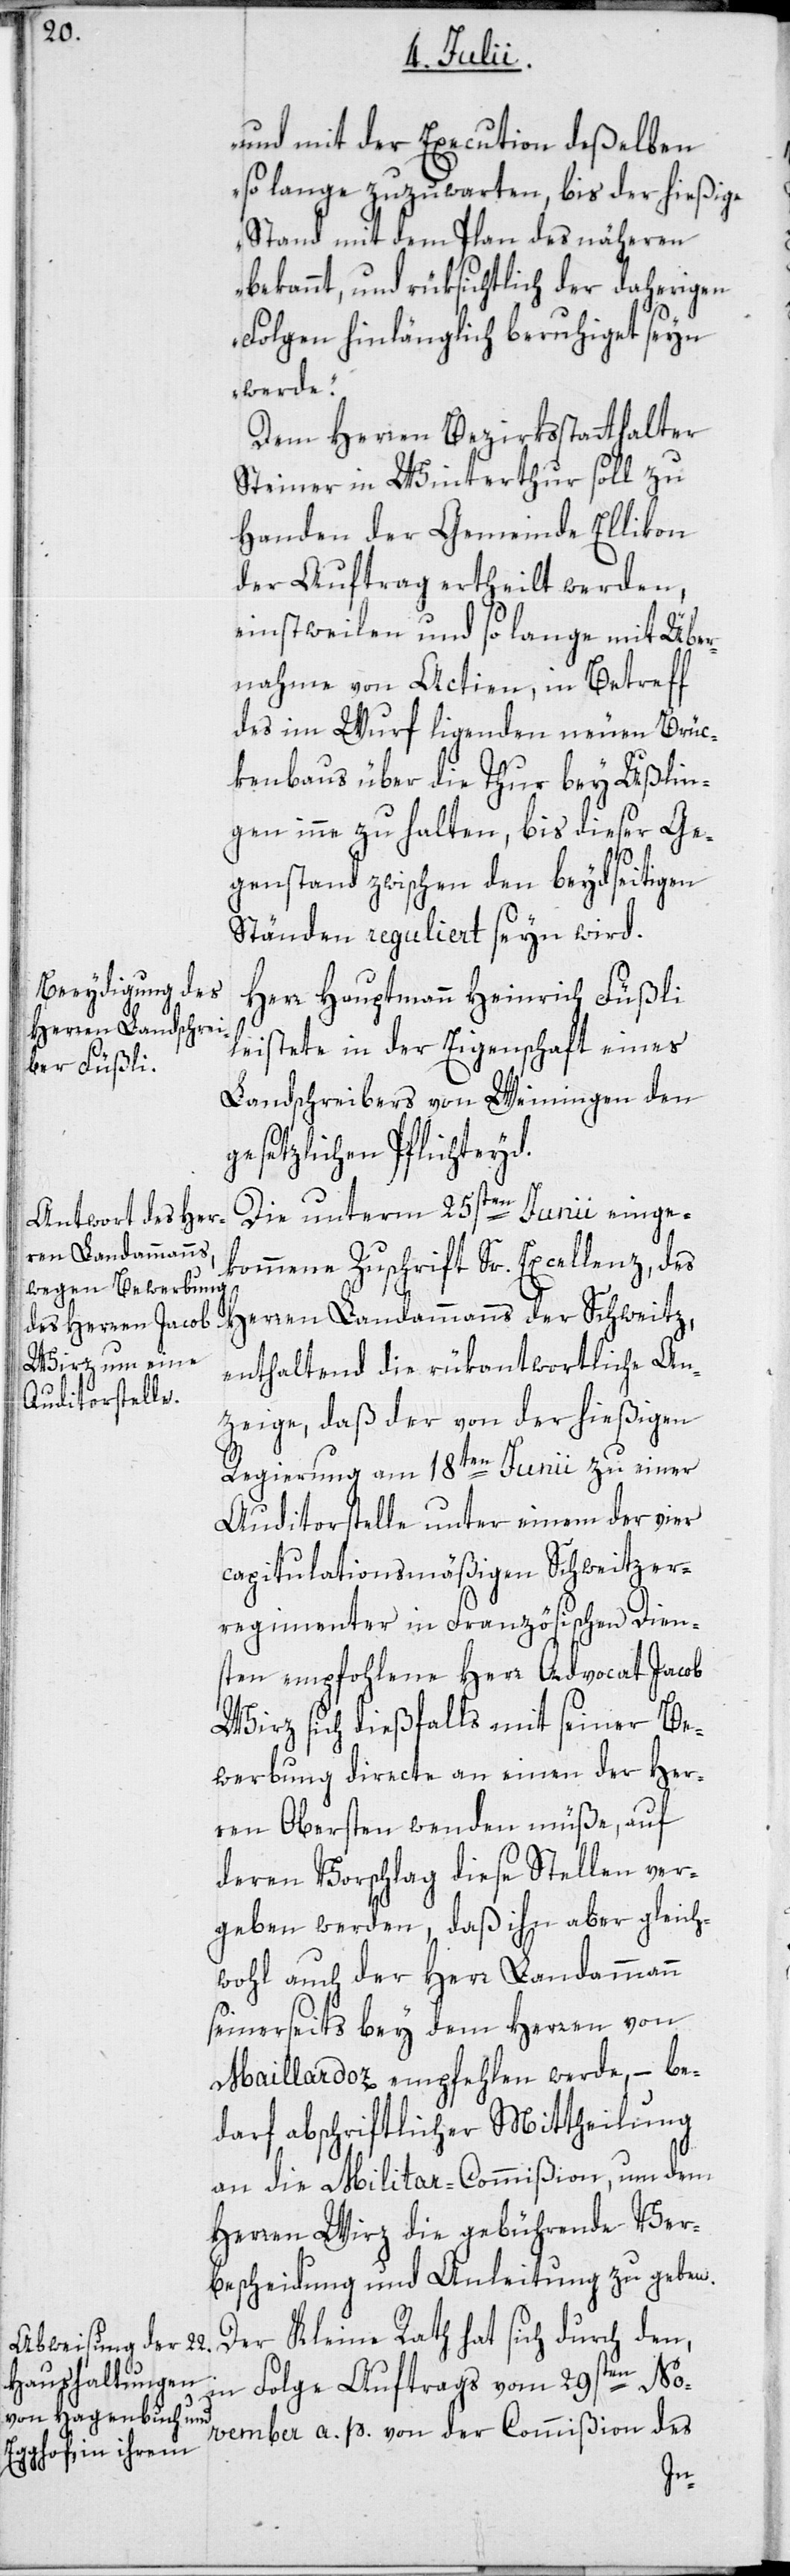
und mit der Execution deßelben
so lange zuzuwarten, bis der hießige
Stand mit dem Plan des näheren
bekannt, und rüksichtlich der daherigen
Folgen hinlänglich beruhiget seyn
werde“.
Dem Herren Bezirksstatthalter
Steiner in Winterthur soll zu
Handen der Gemeinde Ellikon
der Auftrag ertheilt werden,
einstweilen und so lange mit Über¬
nahme von Actien, in Betreff
des im Wurf ligenden neuen Brüc¬
kenbaus über die Thur bey Ußlin¬
gen inne zu halten, bis dieser Ge¬
genstand zwischen den beydseitigen
Ständen reguliert seyn wird.
Herr Hauptmann Heinrich Füßli
leistete in der Eigenschaft eines
Landschreibers von Weiningen den
gesetzlichen Pflichteyd.
Die unterm 25sten Junii einge¬
kommene Zuschrift Sr. Excellenz, des
Herren Landammanns der Schweitz,
enthaltend die rükantwortliche An¬
zeige, daß der von der hießigen
Regierung am 18ten Junii zu einer
Auditorstelle unter einem der vier
capitulationsmäßigen Schweitzer¬
regimenter in Französischen Dien¬
sten empfohlene Herr Advocat Jacob
Wirz sich dießfalls mit seiner Be¬
werbung directe an einen der Her¬
ren Obersten wenden müße, auf
deren Vorschlag diese Stellen ver¬
geben werden, daß ihn aber gleich¬
wohl auch der Herr Landammann
seinerseits bey dem Herren von
Maillardoz empfehlen werde, – be¬
darf abschriftlicher Mittheilung
an die Militar-Commißion, um dem
Herren Wirz die gebührende Ver¬
bescheidung und Anleitung zu geben.
Der Kleine Rath hat sich durch den,
in Folge Auftrags vom 29sten No¬
vember a. p. von der Commißion des